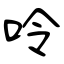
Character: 呤